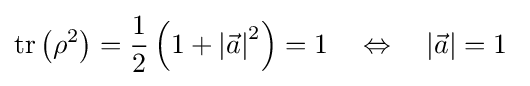
\operatorname {tr} \left(\rho ^{2}\right)={\frac {1}{2}}\left(1+\left|{\vec {a}}\right|^{2}\right)=1\quad \Leftrightarrow \quad \left|{\vec {a}}\right|=1~